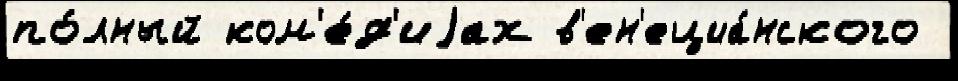
по́лный ком'е́д'иjах в'ен'ециа́нского